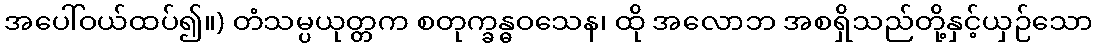
အပေါ်ဝယ်ထပ်၍။) တံသမ္ပယုတ္တက စတုက္ခန္ဓဝသေန၊ ထို အလောဘ အစရှိသည်တို့နှင့်ယှဉ်သော